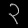
Digit: ၃